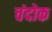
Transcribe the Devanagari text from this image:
चंदोक